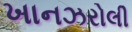
ખાનઝરોલી